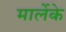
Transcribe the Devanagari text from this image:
मार्लेके